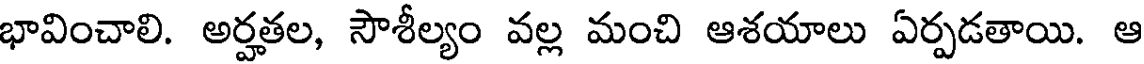
భావించాలి. అర్హతల, సౌశీల్యం వల్ల మంచి ఆశయాలు ఏర్పడతాయి. ఆ